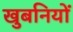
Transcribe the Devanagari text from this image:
खुबनियों